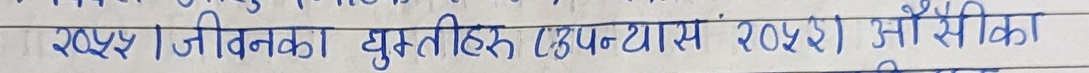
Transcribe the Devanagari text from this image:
२०४२। जीवनका घुम्तीहरु (उपन्यास २०५३) आँसिका